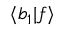
\langle b _ { 1 } | f \rangle